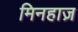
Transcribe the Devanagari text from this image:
मिनहाज़